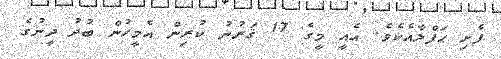
ފެށި ޙަފްލާއެކެވެ. އެއީ މީގެ 17 ޤަރުނު ކުރިން އެމީހުން ބުދު ދީނުގެ